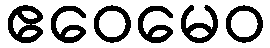
ဧဝေမေဝ